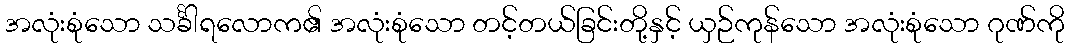
အလုံးစုံသော သင်္ခါရလောက၏ အလုံးစုံသော တင့်တယ်ခြင်းတို့နှင့် ယှဉ်ကုန်သော အလုံးစုံသော ဂုဏ်ကို